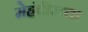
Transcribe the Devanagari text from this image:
मेहंदीरत्‍ता